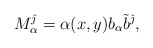
\begin{align*} M_{\alpha}^{ {\hat \jmath}} = \alpha(x,y) b_\alpha \tilde{b}^{{\hat \jmath}},\end{align*}